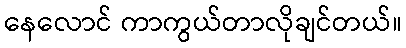
နေလောင် ကာကွယ်တာလိုချင်တယ်။